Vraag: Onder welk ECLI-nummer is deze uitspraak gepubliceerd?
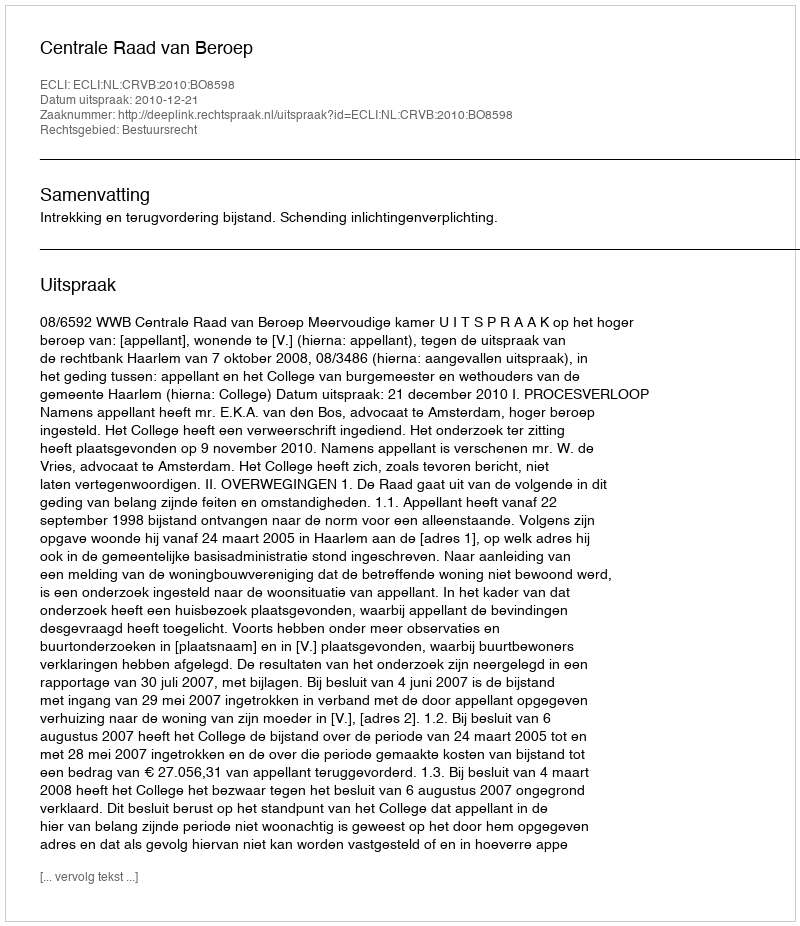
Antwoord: ECLI:NL:CRVB:2010:BO8598